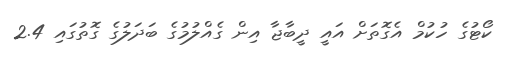
ކޯޓުގެ ހުކުމް އެގޮތަށް އައީ ދީބާޖާ އިން ގެއްލުމުގެ ބަދަލުގެ ގޮތުގައި 2.4